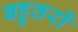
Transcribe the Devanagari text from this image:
बहुतरों